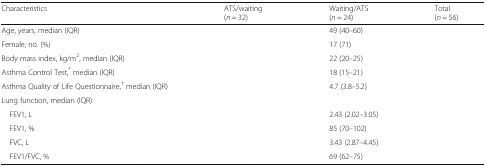
<table><thead><tr><td><b>Characteristics</b></td><td><b>ATS/waiting(<i>n</i> = 32)</b></td><td><b>Waiting/ATS(<i>n</i> = 24)</b></td><td><b>Total(<i>n</i> = 56)</b></td></tr></thead><tbody><tr><td>Age, years, median (IQR)</td><td>[EMPTY_CELL]</td><td>49 (40–60)</td><td>[EMPTY_CELL]</td></tr><tr><td>Female, no. (%)</td><td>[EMPTY_CELL]</td><td>17 (71)</td><td>[EMPTY_CELL]</td></tr><tr><td>Body mass index, kg/m<sup>2</sup>, median (IQR)</td><td>[EMPTY_CELL]</td><td>22 (20–25)</td><td>[EMPTY_CELL]</td></tr><tr><td>Asthma Control Test,<sup>*</sup> median (IQR)</td><td>[EMPTY_CELL]</td><td>18 (15–21)</td><td>[EMPTY_CELL]</td></tr><tr><td>Asthma Quality of Life Questionnaire,<sup>†</sup> median (IQR)</td><td>[EMPTY_CELL]</td><td>4.7 (3.8–5.2)</td><td>[EMPTY_CELL]</td></tr><tr><td colspan="4">Lung function, median (IQR)</td></tr><tr><td> FEV1, L</td><td>[EMPTY_CELL]</td><td>2.43 (2.02–3.05)</td><td>[EMPTY_CELL]</td></tr><tr><td> FEV1, %</td><td>[EMPTY_CELL]</td><td>85 (70–102)</td><td>[EMPTY_CELL]</td></tr><tr><td> FVC, L</td><td>[EMPTY_CELL]</td><td>3.43 (2.87–4.45)</td><td>[EMPTY_CELL]</td></tr><tr><td> FEV1/FVC, %</td><td>[EMPTY_CELL]</td><td>69 (62–75)</td><td>[EMPTY_CELL]</td></tr></tbody></table>